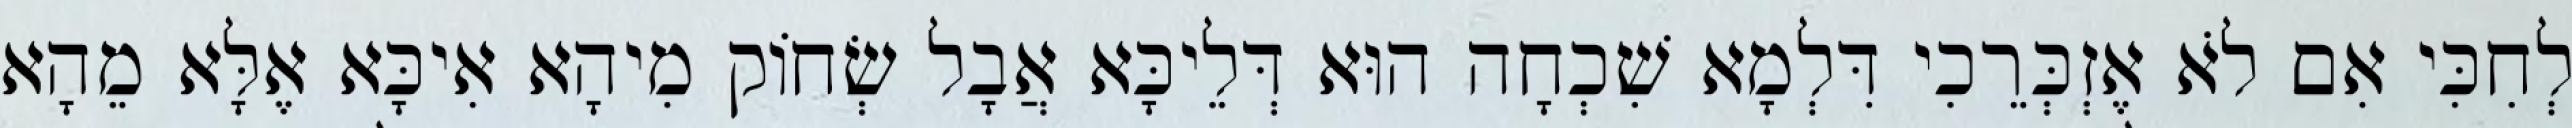
לְחִכִּי אִם לֹא אֶזְכְּרֵכִי דִּלְמָא שִׁכְחָה הוּא דְּלֵיכָּא אֲבָל שְׂחוֹק מִיהָא אִיכָּא אֶלָּא מֵהָא